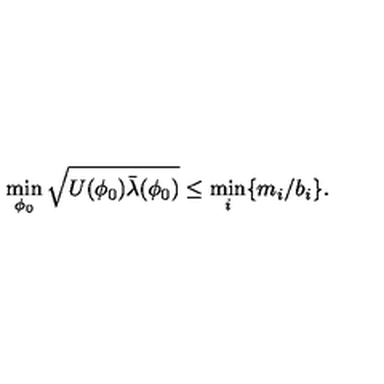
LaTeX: \min _ { \phi _ { 0 } } \sqrt { U ( \phi _ { 0 } ) \bar { \lambda } ( \phi _ { 0 } ) } \le \min _ { i } \{ m _ { i } / b _ { i } \} .